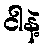
ငါနဲ့